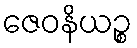
ဇေဝနိယဉ္စ